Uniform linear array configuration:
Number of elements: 64
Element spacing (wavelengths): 0.25
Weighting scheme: kaiser
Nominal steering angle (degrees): -30
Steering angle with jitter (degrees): -29.624
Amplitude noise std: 0.05
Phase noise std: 0.05

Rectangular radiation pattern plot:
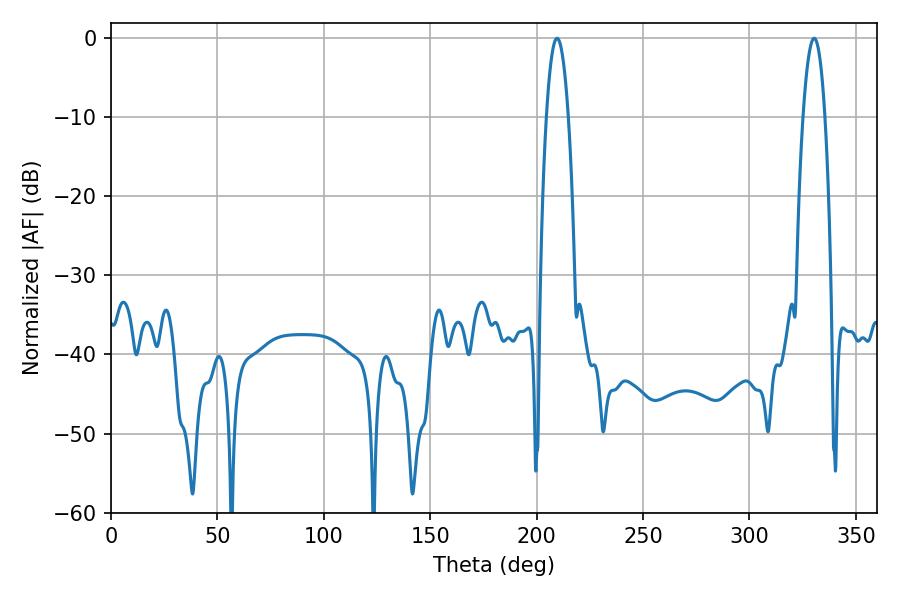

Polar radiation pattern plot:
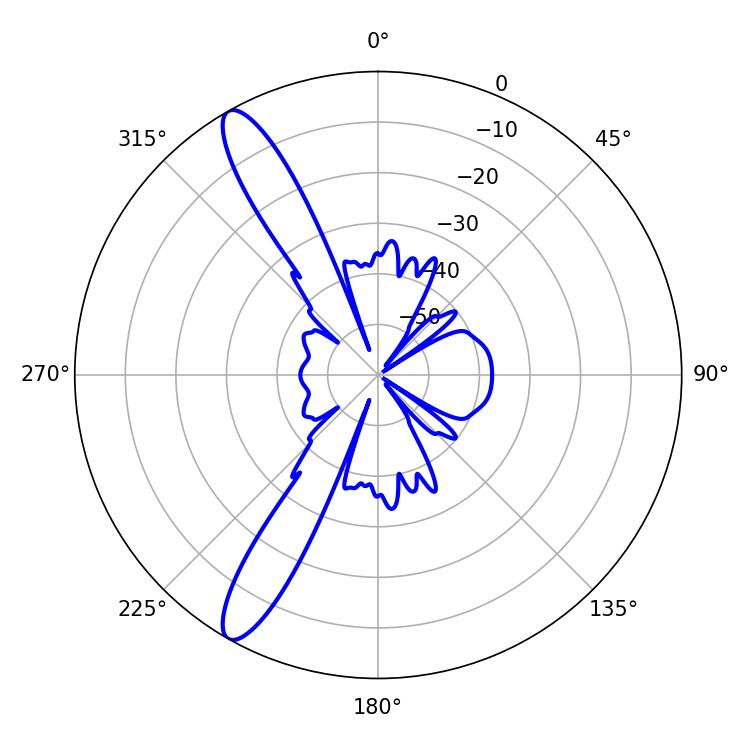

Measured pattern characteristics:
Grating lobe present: FALSE
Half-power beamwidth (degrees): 5.58
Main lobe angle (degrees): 209.52